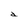
Character: d